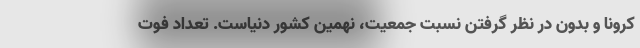
کرونا و بدون در نظر گرفتن نسبت جمعیت، نهمین کشور دنیاست. تعداد فوت